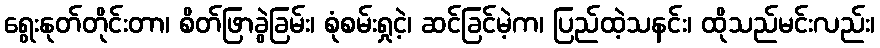
ရွေးနုတ်တိုင်းတာ၊ စိတ်ဖြာခွဲခြမ်း၊ စုံစမ်းရှုငဲ့၊ ဆင်ခြင်မဲ့က၊ ပြည်ထဲ့သနင်း၊ ထိုသည်မင်းလည်း၊